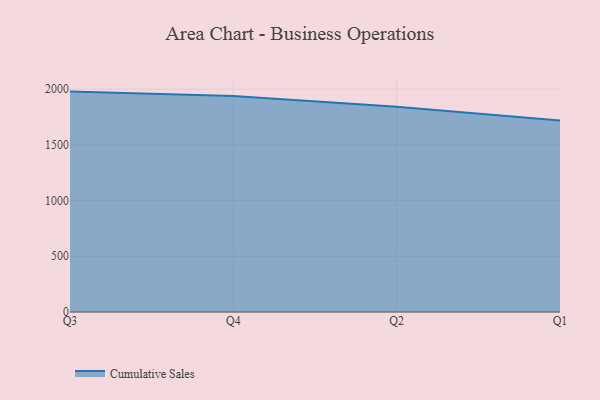
{"axis": {"x": "Quarter", "y": "Waste Production (Tons)"}, "legend": ["Cumulative Sales"], "data": [{"x": "Q3", "y": 1978.2, "type": "Cumulative Sales"}, {"x": "Q4", "y": 1937.8, "type": "Cumulative Sales"}, {"x": "Q2", "y": 1842.6, "type": "Cumulative Sales"}, {"x": "Q1", "y": 1719.2, "type": "Cumulative Sales"}]}